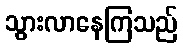
သွားလာနေကြသည်